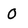
Character: 0